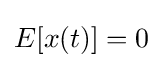
E[x(t)]=0